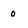
Character: o